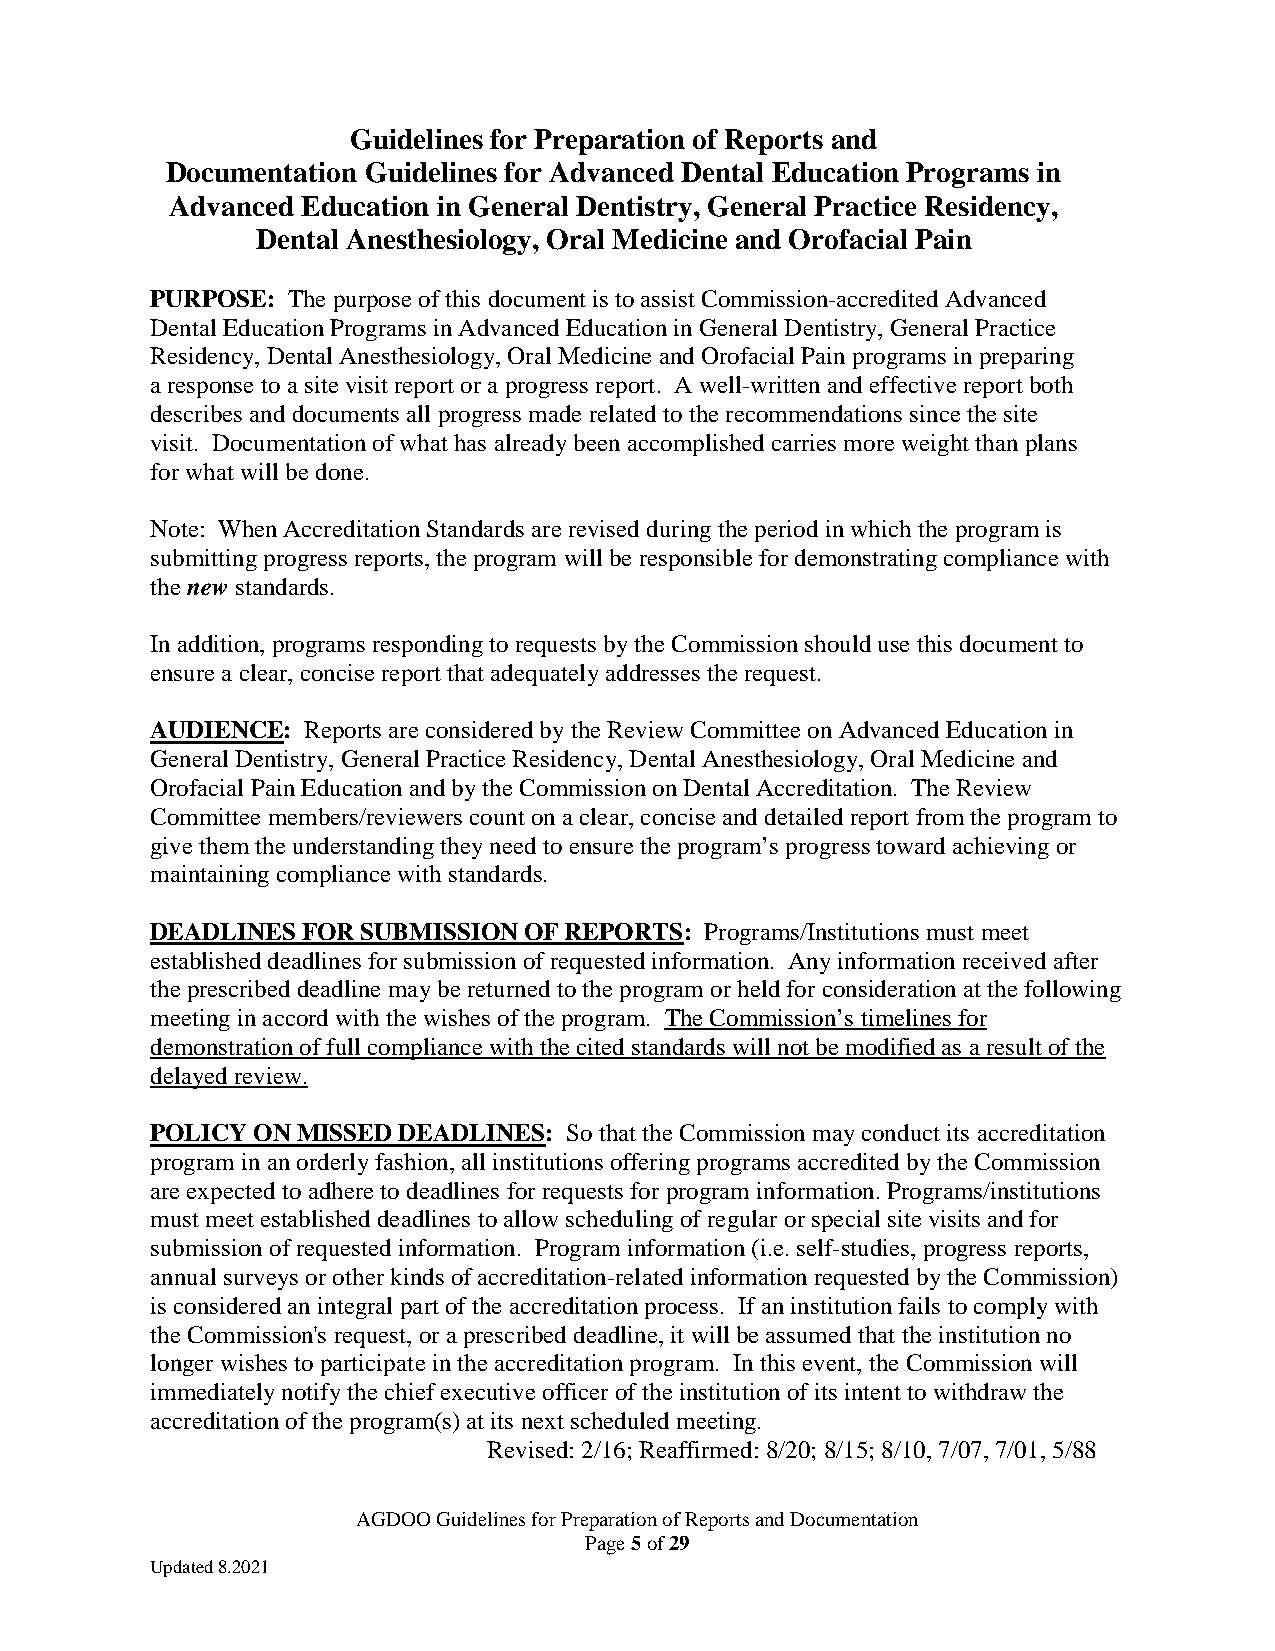
Guidelines for Preparation of Reports and
 Documentation Guidelines for Advanced Dental Education Programs in
 Advanced Education in General Dentistry, General Practice Residency,
 Dental Anesthesiology, Oral Medicine and Orofacial Pain
 PURPOSE: The purpose of this document is to assist Commission-accredited Advanced
 Dental Education Programs in Advanced Education in General Dentistry, General Practice
 Residency, Dental Anesthesiology, Oral Medicine and Orofacial Pain programs in preparing
 a response to a site visit report or a progress report. A well-written and effective report both
 describes and documents all progress made related to the recommendations since the site
 visit. Documentation of what has already been accomplished carries more weight than plans
 for what will be done.
 Note: When Accreditation Standards are revised during the period in which the program is
 submitting progress reports, the program will be responsible for demonstrating compliance with
 the new standards.
 In addition, programs responding to requests by the Commission should use this document to
 ensure a clear, concise report that adequately addresses the request.
 AUDIENCE: Reports are considered by the Review Committee on Advanced Education in
 General Dentistry, General Practice Residency, Dental Anesthesiology, Oral Medicine and
 Orofacial Pain Education and by the Commission on Dental Accreditation. The Review
 Committee members/reviewers count on a clear, concise and detailed report from the program to
 give them the understanding they need to ensure the program’s progress toward achieving or
 maintaining compliance with standards.
 DEADLINES FOR SUBMISSION OF REPORTS: Programs/Institutions must meet
 established deadlines for submission of requested information. Any information received after
 the prescribed deadline may be returned to the program or held for consideration at the following
 meeting in accord with the wishes of the program. The Commission’s timelines for
 demonstration of full compliance with the cited standards will not be modified as a result of the
 delayed review.
 POLICY ON MISSED DEADLINES: So that the Commission may conduct its accreditation
 program in an orderly fashion, all institutions offering programs accredited by the Commission
 are expected to adhere to deadlines for requests for program information. Programs/institutions
 must meet established deadlines to allow scheduling of regular or special site visits and for
 submission of requested information. Program information (i.e. self-studies, progress reports,
 annual surveys or other kinds of accreditation-related information requested by the Commission)
 is considered an integral part of the accreditation process. If an institution fails to comply with
 the Commission's request, or a prescribed deadline, it will be assumed that the institution no
 longer wishes to participate in the accreditation program. In this event, the Commission will
 immediately notify the chief executive officer of the institution of its intent to withdraw the
 accreditation of the program(s) at its next scheduled meeting.
 Revised: 2/16; Reaffirmed: 8/20; 8/15; 8/10, 7/07, 7/01, 5/88
 AGDOO Guidelines for Preparation of Reports and Documentation
 Page 5 of 29
 Updated 8.2021